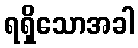
ရရှိသောအခါ